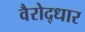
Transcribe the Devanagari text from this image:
वैरोद्धार